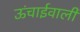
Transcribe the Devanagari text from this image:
ऊंचाईवाली